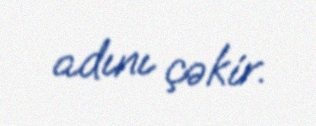
adını çəkir.